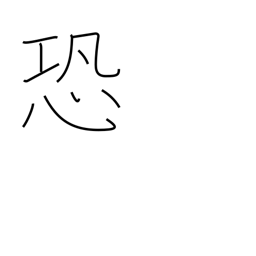
Meaning: awe